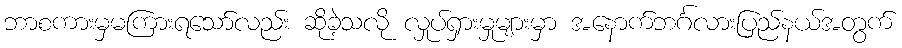
ဘာစကားမှမကြားရသော်လည်း ဆိုခဲ့သလို လှုပ်ရှားမှုများမှာ အနောက်ဘင်္ဂလားပြည်နယ်အတွက်